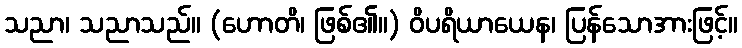
သညာ၊ သညာသည်။ (ဟောတိ၊ ဖြစ်၏။) ဝိပရိယာယေန၊ ပြန်သောအားဖြင့်။